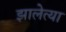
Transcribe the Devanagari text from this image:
झालेत्या